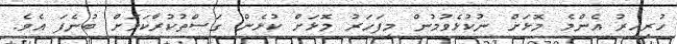
ހުރިއިރު އެންމެ މޮޅަށް ނުކުޅެވުމުން މިފަހަރު މޮޅަށް ކުޅެން ގަސްތުކުރާކަމަށް ބުނެފަ އެވެ.